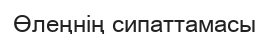
Өлеңнің сипаттамасы